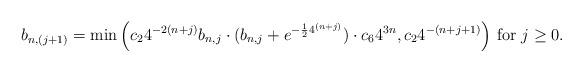
LaTeX: \begin{align*} b_{n,(j+1)}= \min \Big(c_2 4^{-2(n+j)} b_{n,j}\cdot(b_{n,j}+e^{-{\frac{1}{2}}4^{(n+j)}})\cdot c_6 4^{3n},c_2 4^{-(n+j+1)}\Big)\mbox{ for } j\ge 0. \end{align*}